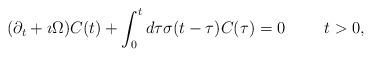
LaTeX: \begin{align*}(\partial _t +\imath\Omega )C(t) +\int_0^t d\tau\sigma (t-\tau )C(\tau ) =0\hskip 1cm t>0,\end{align*}